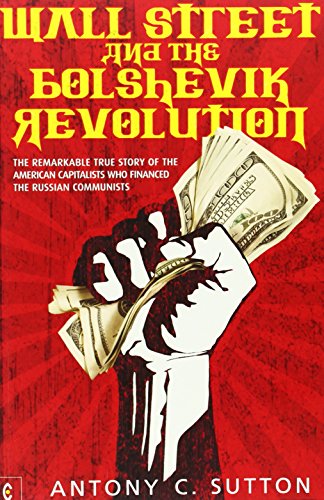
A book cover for Wall Street and the Bolshevik Revolution: The Remarkable True Story of the American Capitalists Who Financed the Russian Communists; Anthony C. Sutton; History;